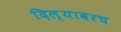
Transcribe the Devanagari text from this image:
दिल्यावरच